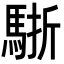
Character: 𩣩